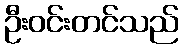
ဦးဝင်းတင်သည်